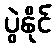
ပွဲနိုင်